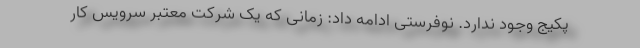
پکیج وجود ندارد. نوفرستی ادامه داد: زمانی که یک شرکت معتبر سرویس کار